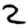
Digit: 2